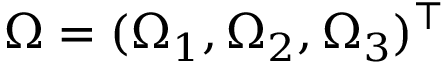
\Omega = ( \Omega _ { 1 } , \Omega _ { 2 } , \Omega _ { 3 } ) ^ { \top }